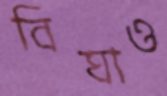
বিঘাও